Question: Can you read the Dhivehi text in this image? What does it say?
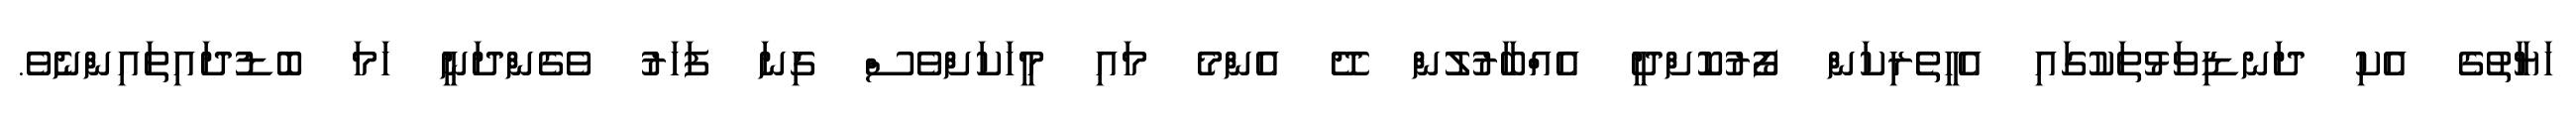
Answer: ހަޔާތުގެ އެކި ދަނޑިވަޅުތަކުގައި އެހީތެރިކަން ފޯރުކޮށްދީ އެއްބާރުލުން ދޭ އެންމެ މައި މީހަކަށްވެސް ގިނަ ފަހަރު ވެގެންދަނީ ހަމަ ބޮޑުދައިތައިންނެވެ.